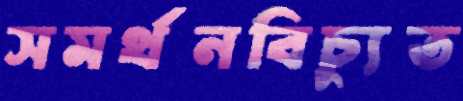
সমর্থনবিচ্যুত